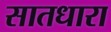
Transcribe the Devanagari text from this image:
सातधारा